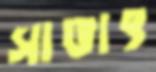
সাঙাৎ